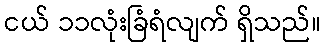
ငယ် ၁၁လုံးခြံရံလျက် ရှိသည်။